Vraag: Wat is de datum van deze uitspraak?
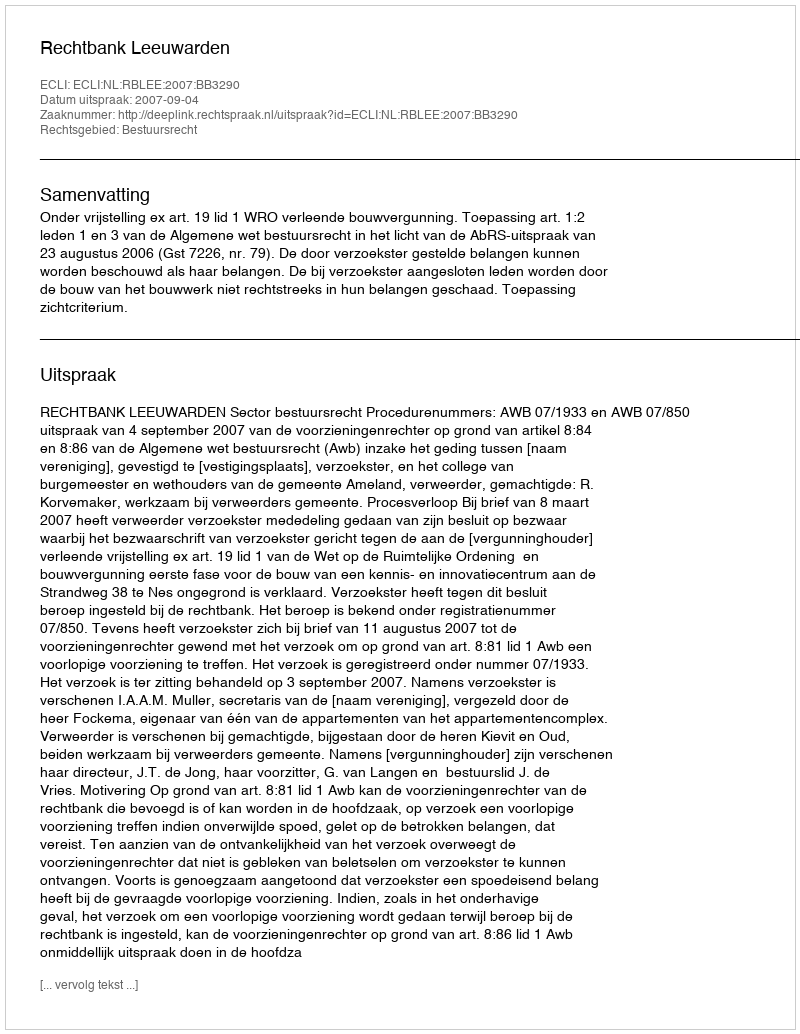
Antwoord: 2007-09-04